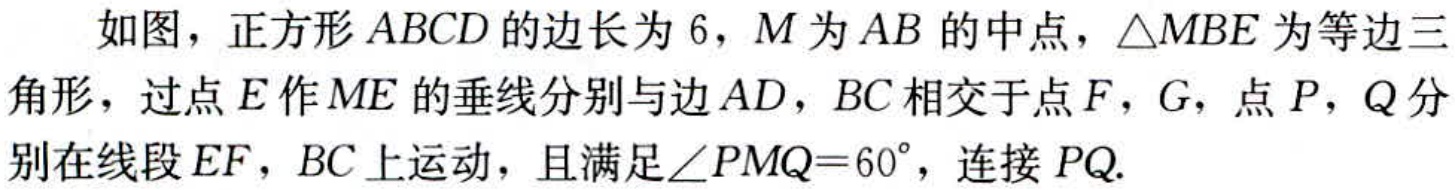
如图，正方形\(ABCD\)的边长为\(6\)，\(M\)为\(AB\)的中点，\(\triangle MBE\)为等边三角形，过点\(E\)作\(ME\)的垂线分别与边\(AD\)，\(BC\)相交于点\(F\)，\(G\)，点\(P\)，\(Q\)分别在线段\(EF\)，\(BC\)上运动，且满足\(\angle PMQ = 60^{\circ}\)，连接\(PQ\).